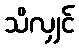
သိလျှင်